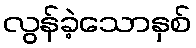
လွန်ခဲ့သောနှစ်